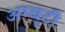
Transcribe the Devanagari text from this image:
अम्बूटी